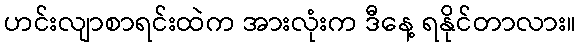
ဟင်းလျာစာရင်းထဲက အားလုံးက ဒီနေ့ ရနိုင်တာလား။